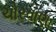
ચોરવાણા